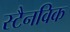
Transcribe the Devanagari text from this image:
स्टैनविक